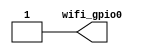
module top (
    output wifi_gpio0
);
    assign wifi_gpio0 = 1'b1;
endmodule